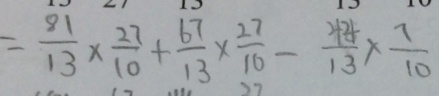
= \frac { 8 1 } { 1 3 } \times \frac { 2 7 } { 1 0 } + \frac { 6 7 } { 1 3 } \times \frac { 2 7 } { 1 0 } - \frac { 4 4 } { 1 3 } \times \frac { 7 } { 1 0 }